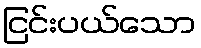
ငြင်းပယ်သော